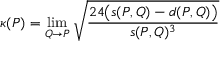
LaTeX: \kappa ( P ) = \operatorname* { l i m } _ { Q \to P } { \sqrt { \frac { 2 4 { \bigl ( } s ( P , Q ) - d ( P , Q ) { \bigr ) } } { s ( P , Q ) ^ { 3 } } } }